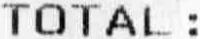
TOTAL :